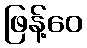
ဖြန့်ဝေ